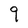
Character: 9